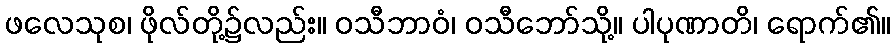
ဖလေသုစ၊ ဖိုလ်တို့၌လည်း။ ဝသီဘာဝံ၊ ဝသီဘော်သို့။ ပါပုဏာတိ၊ ရောက်၏။